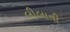
લીલાની